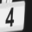
Digit: 4